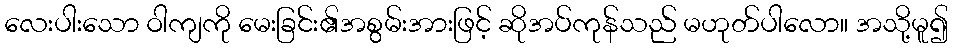
လေးပါးသော ဝါကျကို မေးခြင်း၏အစွမ်းအားဖြင့် ဆိုအပ်ကုန်သည် မဟုတ်ပါလော။ အသို့မူ၍